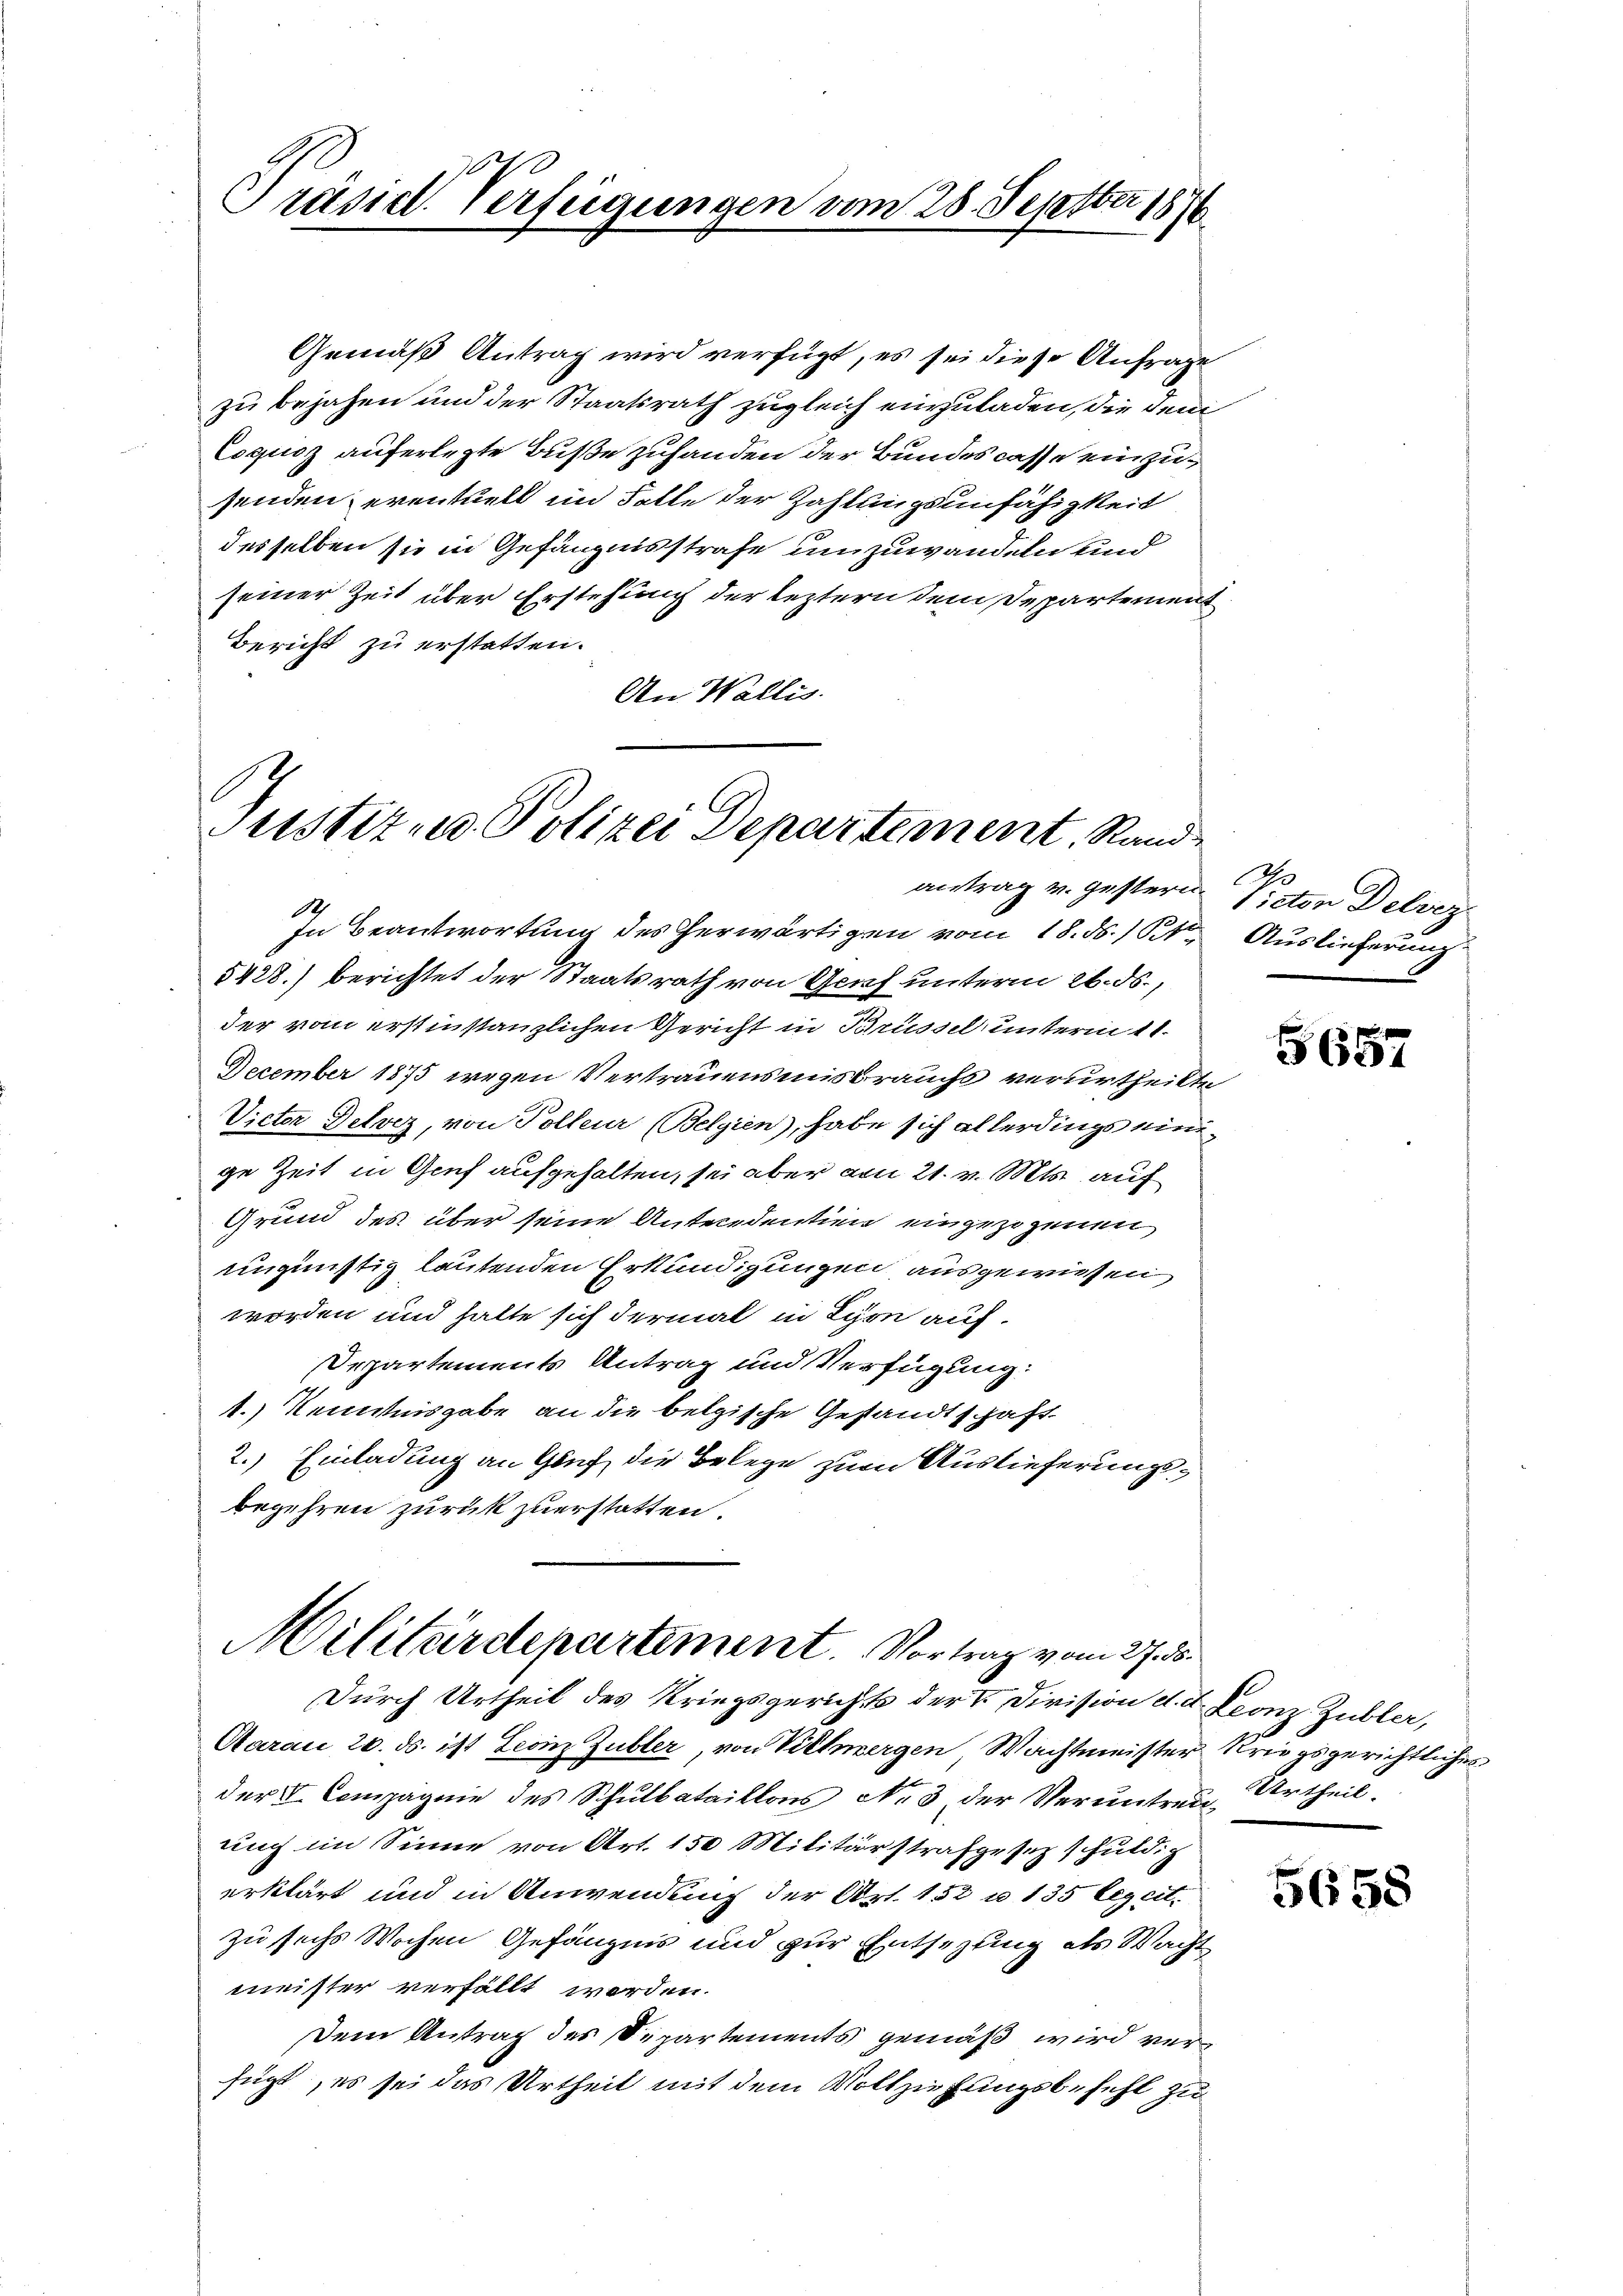
Trüssel. Verfügungen vom 28. Septber 1876

Gemäß Antrag wird verfügt, es sei diese Anfrage
zu bejahen und der Staatsrath zugleich einzuladen, die deni¬
Loqusz auferlegte Buße zuhanden der Bundes casse einzusenden eventuell im Falle der Zahlungsunfähigkeit
desselben sie in Gefängnisstrafe umzuwandeln und
seiner Zeit über Erstehung der leztern dem Departement
Bericht zu erstatten.
An Wallis.

Justiz- u. Polizei Departement, Randantrag u. gestern Victor Delvez

In Beantwortung des herwärtigen vom 18. ds. 1 t Auslieferung
5428.) berichtet der Staatsrath von Genf unterm 26. ds.,
der vom erstinstanzlichen Gericht in Brüssel unterm 11.
December 1875 wegen Vertrauensmisbrauchs verurtheilte
Victor Delrez, von Polleur (Belgien), habe sich allerdings einige Zeit in Genf aufgehalten, sei aber am 21. v. Mts. auf
Grund des über seine Antecedentien eingezogenen
ungünstig lautenden Erkundigungen ausgewiesen
worden und halte sich dermal in Lyon auf¬
Departements Antrag und Verfügung:
1.) Kenntnisgabe an die belgische Gestandtschaft
2.) Einladung an Gauf, die Belege zum Auslieferungsbegehren zurück zuerstatten.

Durch Urtheil des Kriegsgerichts der V. Division d. d. Leonz Zubler,
Aarau 20. ds. ist Leonz Gubler, von Viehergen Wachtmeister Kriegsgerichtlichen
der Compagnie des Schulbataillons No 3 der Veruntreu, Urtheil.
auch im Sinne von Art. 150 Militärstrafgesetz schuldig
erklärt und in Anwendung der Art. 152 u. 135 Legcit.
zu sechs Wochen Gefängnis und zur Entsezung als Wacht
meister verfällt worden.
Dem Antrag des Departements gemäß wird verfügt, es sei das Urtheil mit dem Vollziehungsbefehl zu

Militärdepartement. Vortrag vom 27. ds.

G657

5658